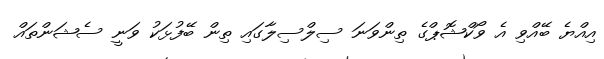
އިއްޔެ ބޭއްވި އެ ވޯކްޝޮޕްގެ ތިންވަނަ ސިލްސިލާގައި ތިން ބޭފުޅަކު ވަނީ ސެޝަންތައް